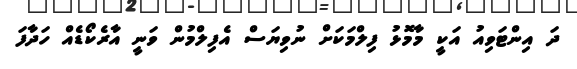
ދަ އިންޓަވިއު އަކީ މާމޮޅު ފިލްމަކަށް ނުވިޔަސް އެފިލްމުން ވަނީ އާރެކޯޑެއް ހަދާފަ